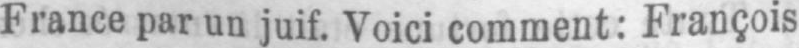
France par un juif. Voici comment: François